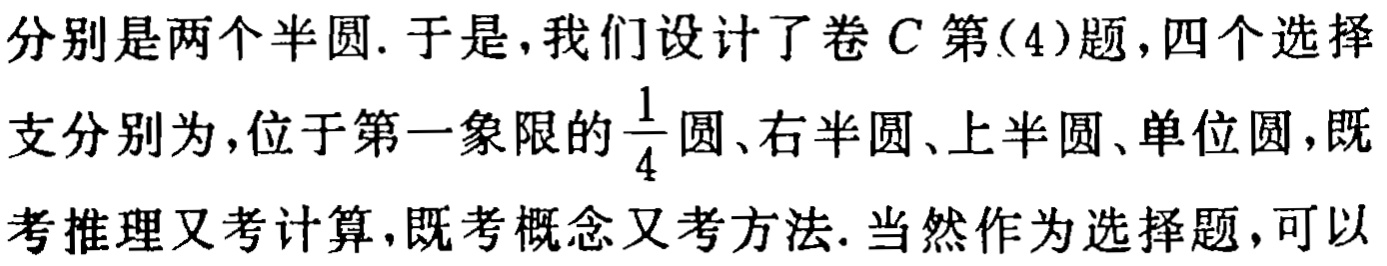
分别是两个半圆. 于是, 我们设计了卷$C$第(4)题, 四个选择支分别为, 位于第一象限的$\frac{1}{4}$圆、右半圆、上半圆、单位圆, 既考推理又考计算, 既考概念又考方法. 当然作为选择题, 可以